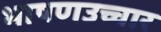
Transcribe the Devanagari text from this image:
भाषणउच्चार